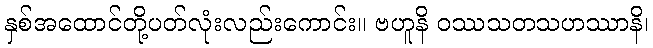
နှစ်အထောင်တို့ပတ်လုံးလည်းကောင်း။ ဗဟူနိ ဝဿသတသဟဿာနိ၊